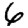
Digit: 6